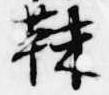
靺